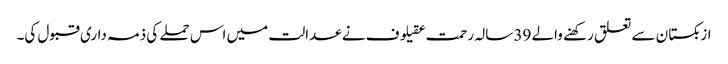
ازبکستان سے تعلق رکھنے والے 39 سالہ رحمت عقیلوف نے عدالت میں اس حملے کی ذمہ داری قبول کی۔